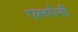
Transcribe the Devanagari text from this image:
एलगेनी